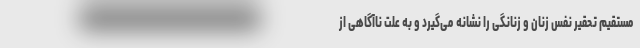
مستقیم تحقیر نفس زنان و زنانگی را نشانه می‌گیرد و به علت ناآگاهی از